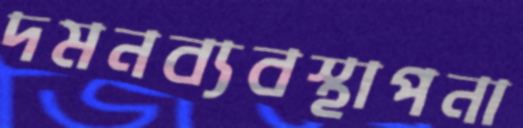
দমনব্যবস্থাপনা